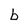
Character: b